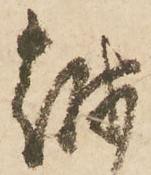
越